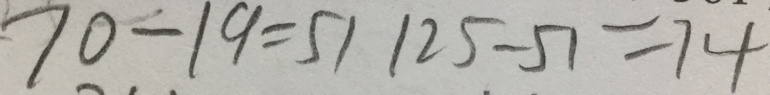
7 0 - 1 9 = 5 1 1 2 5 - 5 1 = 7 4